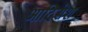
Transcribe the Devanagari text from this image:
आदिसेश